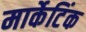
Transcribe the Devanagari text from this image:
मार्केटिंक